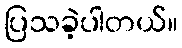
ပြသခဲ့ပါတယ်။